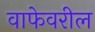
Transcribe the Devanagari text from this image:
वाफेवरील